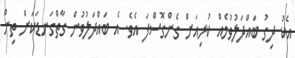
އެކު ދިގު ބައްދަލުވުމެއް ކުރިއަށް ގެންގޮސްފަ އެވެ. އެ ބައްދަލުވުން ގާތްގަނޑަކަށް ތިން